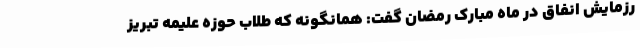
رزمایش انفاق در ماه مبارک رمضان گفت: همانگونه که طلاب حوزه علیمه تبریز